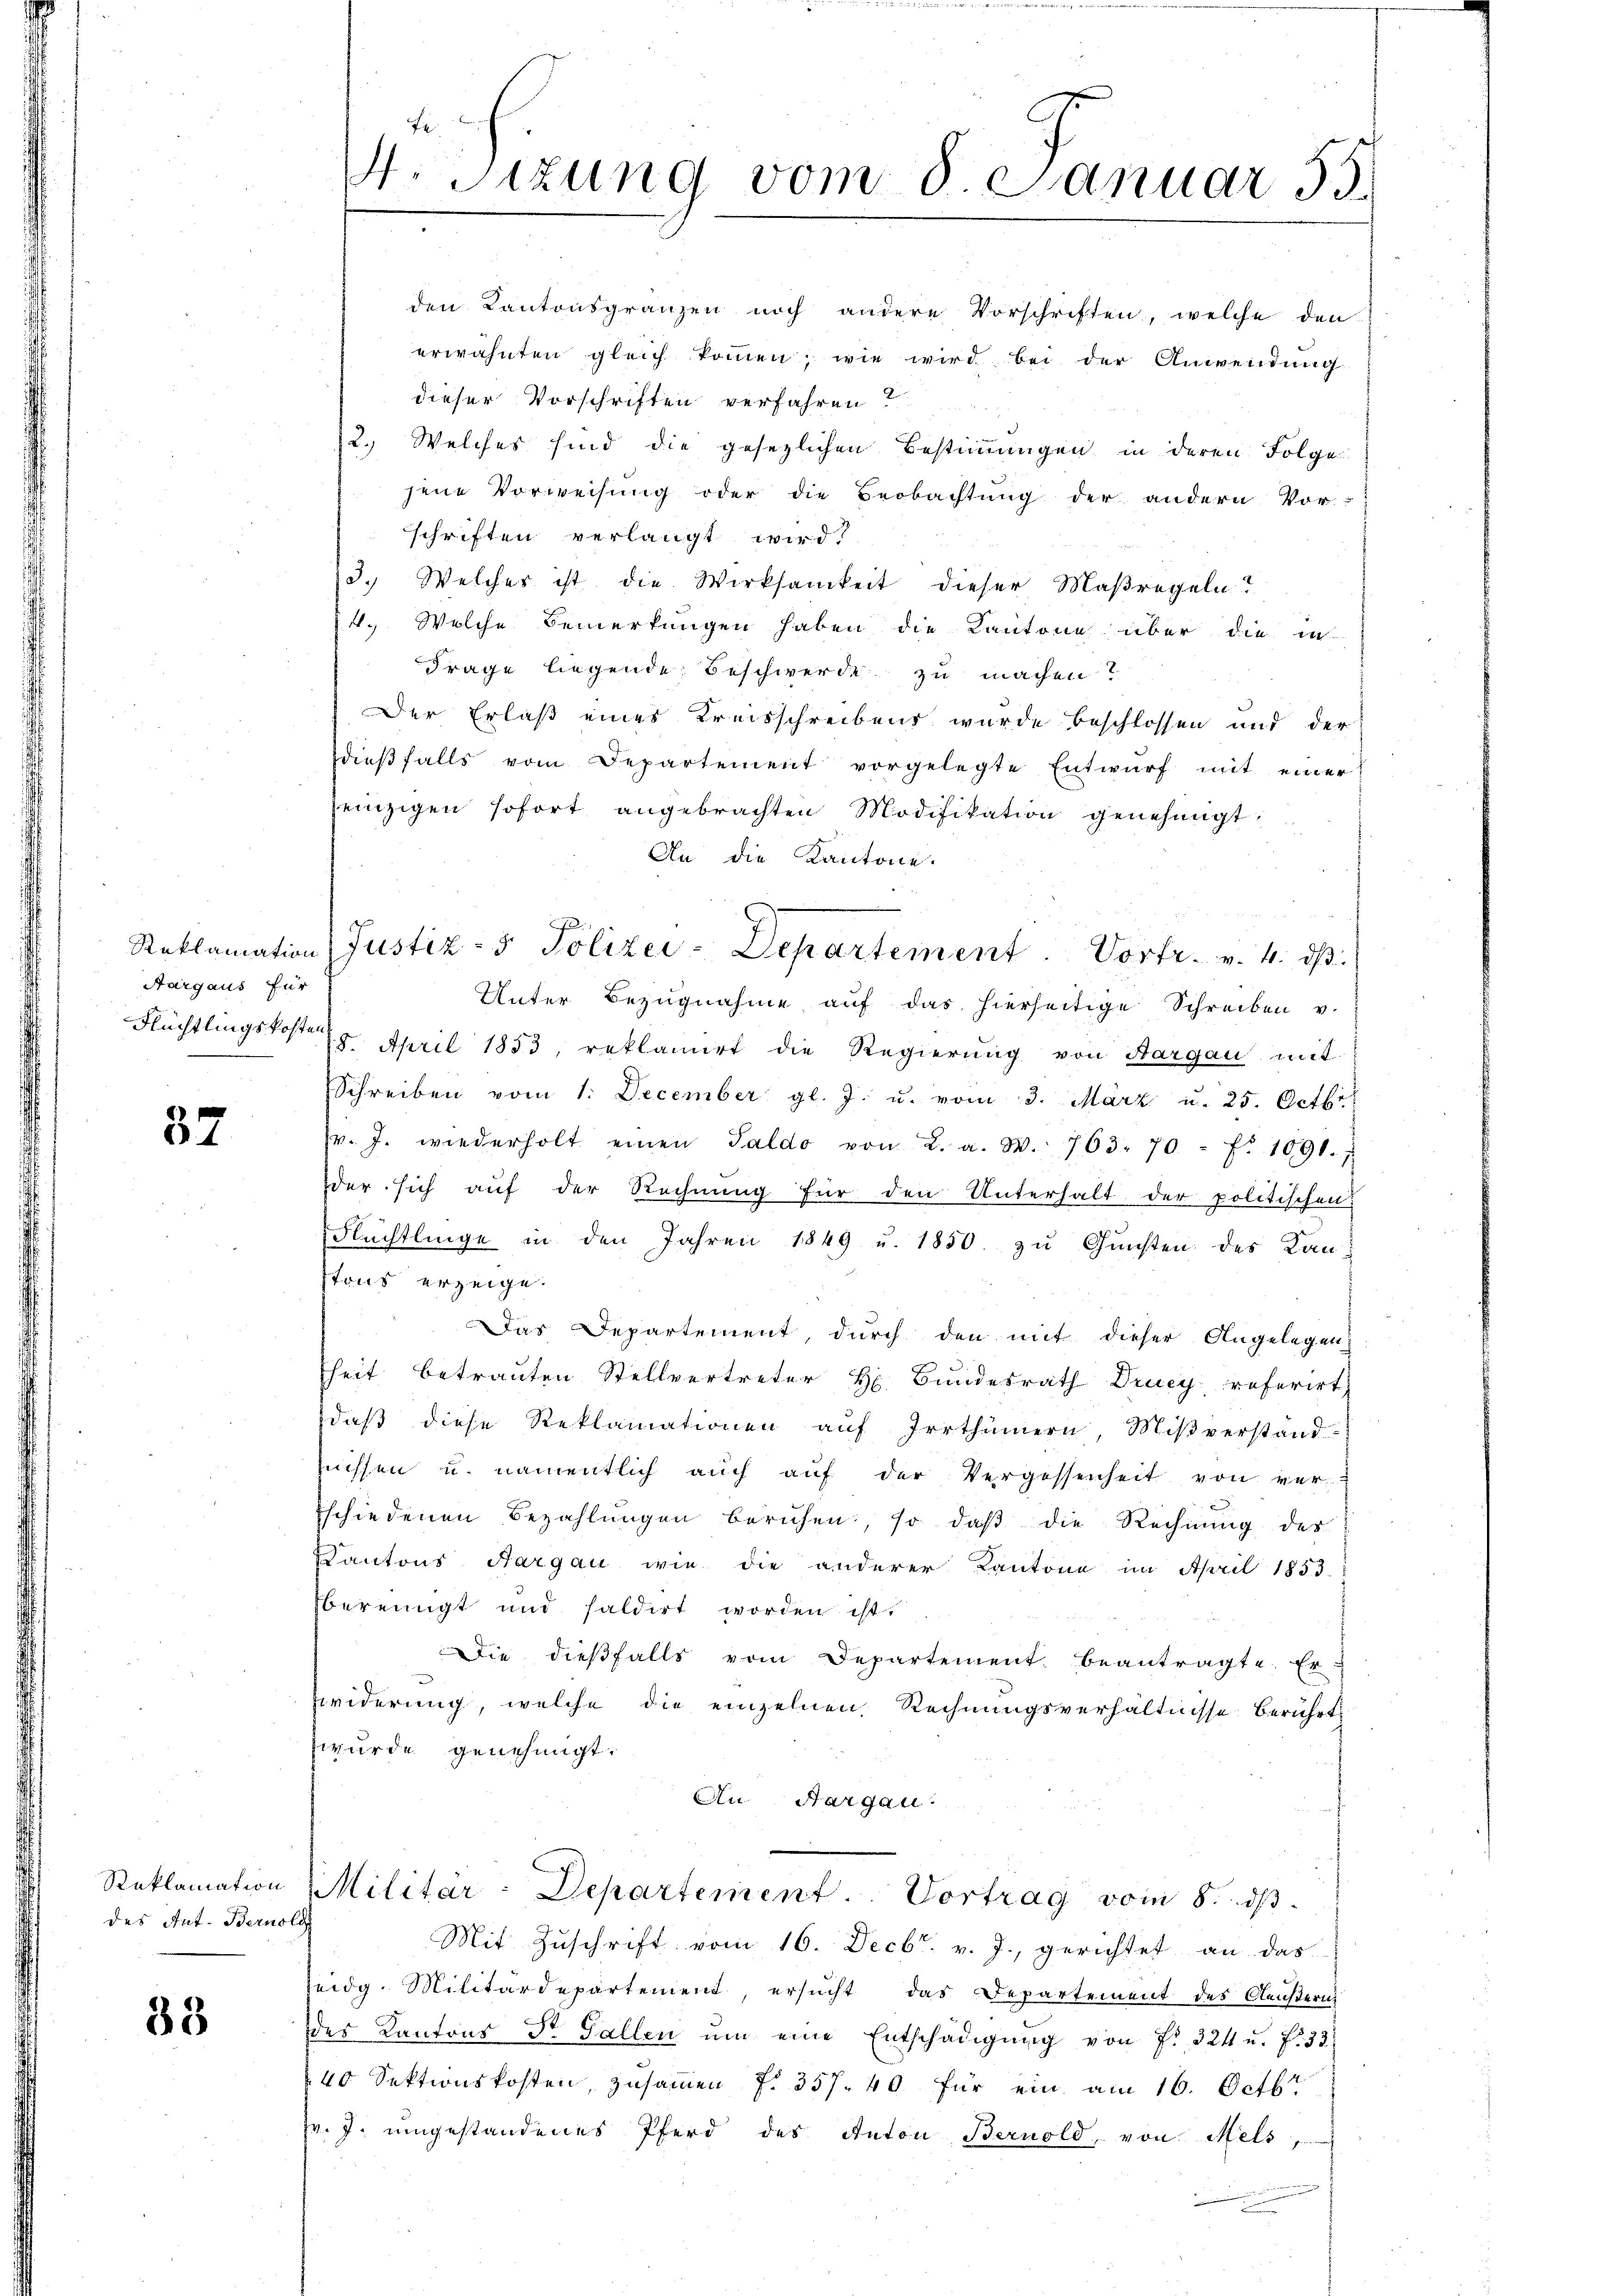
Aargaus für

32

Reklamation
des Ant. Bernold

33

den Kantonsgränzen noch andere Vorschriften, welche den
erwähnten gleich kommen, wie wird bei der Anwendung
dieser Vorschriften verfahren?
2. Welches sind die gesezlichen Bestimmungen in deren Folge
jene Vorweisung oder die Beobachtung der andern Vor-
schriften verlangt wird
3. Welches ist die Wirksamkeit dieser Maßregeln?
4. Welche Bemerkungen haben die Kantone über die in
Frage liegende Beschwerde zu machen?
Der Erlaß eines Kreisschreibens wurde beschlossen und der
dieβfalls vom Departement vorgelegte Entwŭrf mit einer
einzigen sofort angebrachten Modifikation genehmigt.
An die Kantone.
Unter Bezugnahme auf das hierseitige Schreiben v.
Flüchtlingskosten April 1853, reklamirt die Regierŭng von Aargau mit
Schreiben vom 1. December gl. J. u. vom 3. März u. 25. Octbr
pr. J. wiederholt einen Saldo von L. a. W. 763. 70 f. 1091.,
der sich auf der Rechnung für den Unterhalt der politischen
Flüchtlinge in den Jahren 1849 u. 1850. zŭ Gŭnsten des Kan
tons erzeige.
Das Departement, durch den mit dieser Angelegen-
heit betrauten Stellvertreter H. Bundesrath Drucy referirt
daß diese Reklamationen auf Irrthümern, Mißverstand-
nissen u. namentlich aŭch aŭf der Vergessenheit von ver-
schiedenen Bezahlungen beruhen, so daß die Rechnung des
Kantons Aargau wie die anderer Kantone im April 1853
bereinigt und saldirt worden ist.
Die dießfalls vom Departement beantragte. Er-
widerung, welche die einzelnen Rechnungsverhältnisse berührt
zwurde genehmigt.
An Aargau.
Militar-Departement. Vortrag vom 8. dβ.
Mit Zŭschrift vom 16. Decbr. v. J. gerichtet an das
eidg. Militärdepartement, ersucht, das Departement des Aeußern
des Kantons Dr. Gallen ŭm eine Entschädigŭng von f. 324 u. f. 33
40 Sektionskosten, zusammen f. 357. 40 für ein am 16. Octbr
v. J. umgestandenes Pferd des Anton Bernold, von Mels,

4. Sizung vom 8. Januar 55.

Reklamation (Justiz- & Polizei-Departement. Vortr. v. 4. dβ.